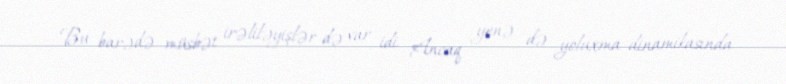
Bu barədə müsbət irəliləyişlər də var idi. Ancaq yenə də yoluxma dinamikasında